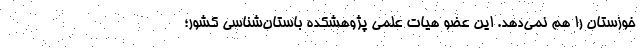
خوزستان را هم نمی‌دهد. این عضو هیات علمی پژوهشکده باستان‌شناسی کشور؛